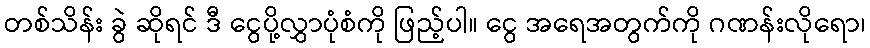
တစ်သိန်း ခွဲ ဆိုရင် ဒီ ငွေပို့လွှာပုံစံကို ဖြည့်ပါ။ ငွေ အရေအတွက်ကို ဂဏန်းလိုရော၊